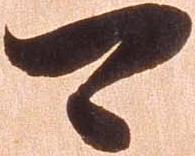
可